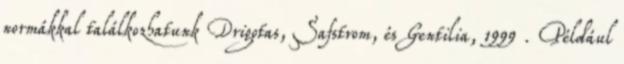
normákkal találkozhatunk Drigotas, Safstrom, és Gentilia, 1999 . Például